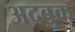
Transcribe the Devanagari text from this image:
अदबुक